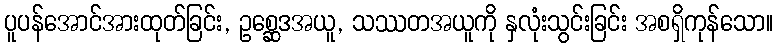
ပူပန်အောင်အားထုတ်ခြင်း, ဥစ္ဆေဒအယူ, သဿတအယူကို နှလုံးသွင်းခြင်း အစရှိကုန်သော။